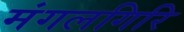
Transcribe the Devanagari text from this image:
मंगलगिरि